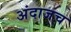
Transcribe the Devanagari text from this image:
अंदाजच